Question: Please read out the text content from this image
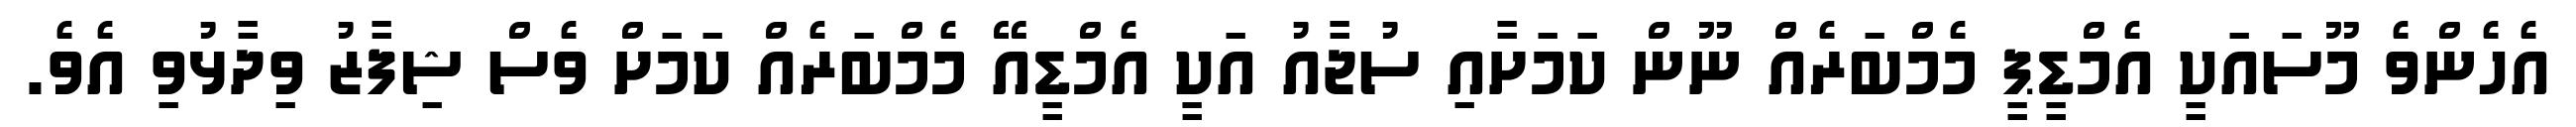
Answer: އެހެންވެ މޫސައަކީ އެމްޑީޕީ މެމްބަރެއް ނޫން ކަމަށާއި ސުޖާއު އަކީ އެމްޑީއޭ މެމްބަރެއް ކަމަށް ވެސް ޝިފާޒު ވިދާޅުވި އެވެ.